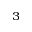
^ { 3 }